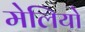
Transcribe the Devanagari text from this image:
मेलियो